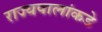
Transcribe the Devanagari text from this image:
राज्यपालांकडे